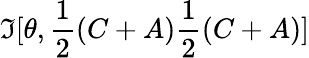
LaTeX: \mathfrak{I}[\theta,\frac{{1}}{{2}}(C+A)\frac{{1}}{{2}}(C+A)]